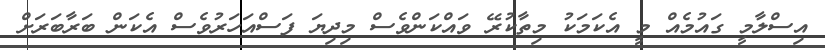
އިސްލާމީ ގައުމެއް މީ އެކަމަކު މިތާކުރޭ ވައްކަންވެސް މިދިޔަ ފަސްއަހަރުވެސް އެކަން ބަރާބަރަށް